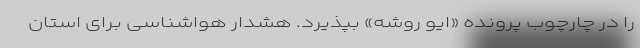
را در چارچوب پرونده «ایو روشه» بپذیرد. هشدار هواشناسی برای استان